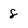
Character: 8